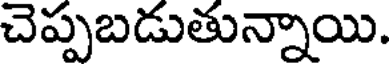
చెప్పబడుతున్నాయి.